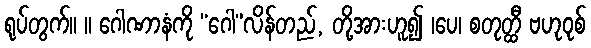
ရုပ်တွက်။ ။ ဂေါဏာနံကို “ဂေါ”လိန်တည်, တို့အားဟူ၍ ၊ပေ၊ စတုတ္ထီ ဗဟုဝုစ်